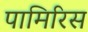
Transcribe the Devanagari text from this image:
पामिरिस